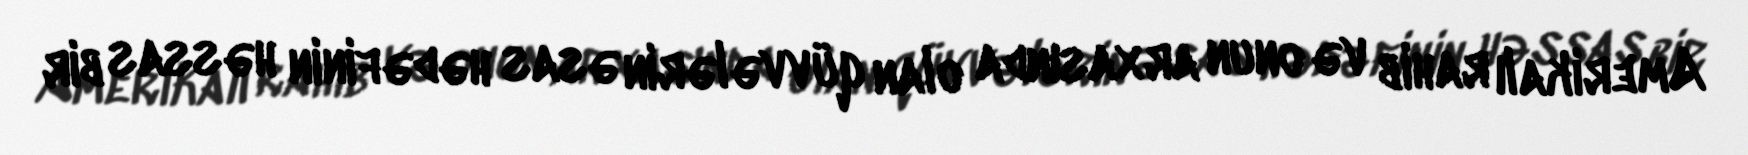
Amerikalı rahib və onun arxasında olan qüvvələrin əsas hədəfinin həssas bir